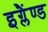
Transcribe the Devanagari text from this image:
इग्लैंण्ड